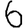
Digit: 6